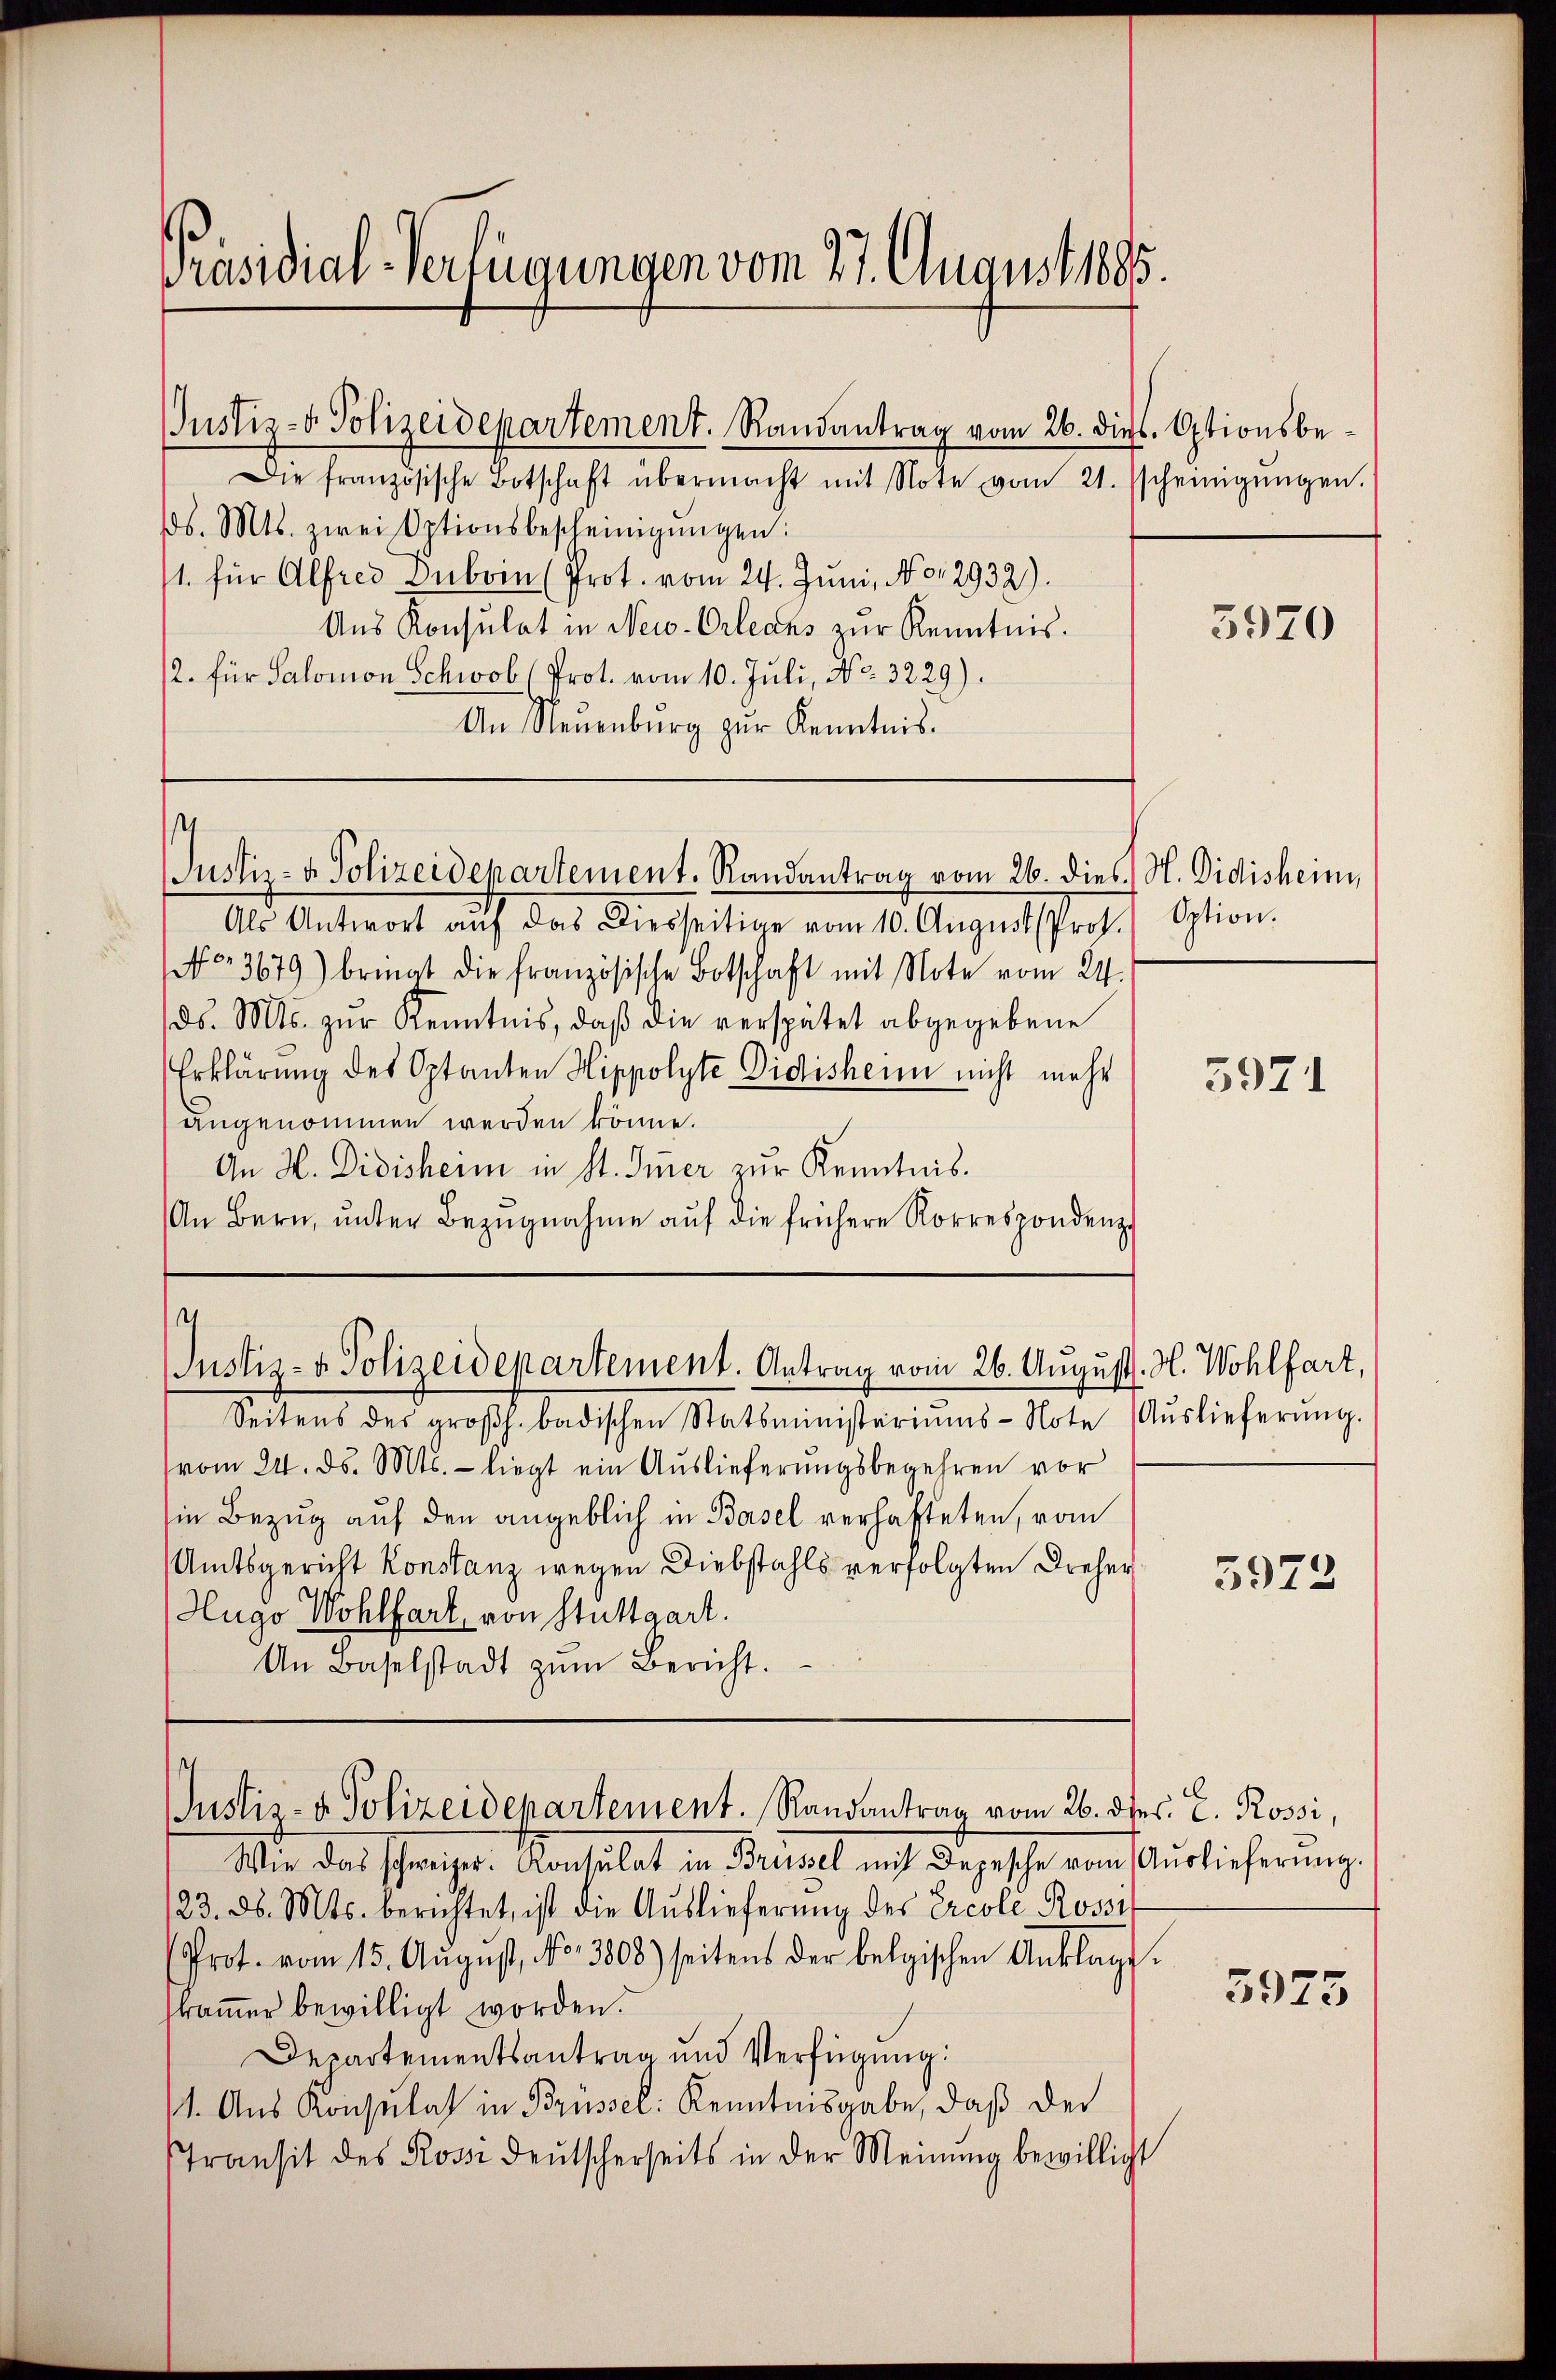
Präsidial-Verfügungen vom 27. August 1885.

Die französische Botschaft übermacht mit Note vom 21. scheinigŭngen.
d. Mts. zwei Optionsbescheinigŭngen:
1. für Alfred Duboin (Prot. vom 24. Juni, No. 2932).
Ans Konsulat in New-Orleans zŭr Kenntnis.
/2. für Salomon Schwab (Prot. vom 10. Juli, No. 3229).
An Neuenburg zŭr Kenntnis.

Justiz- & Polizeidepartement. Randantrag vom 26. dies. Optionsbe¬

s
JJustiz- & Polizeidepartement. Randantrag vom 26. dies N. Didisheim,

se
Justiz- & Polizeidepartement. Antrag vom 26. August. H. Wohlfart,

Als Antwort aŭf das Diesseitige vom 10. August (Prof. Option.
No. 3679) bringt die französische Botschaft mit Note vom 24.
ds. Mts. zŭr Kenntnis, daβ die verspätet abgegebene
Erklärung des Optanten Hippolyte Didisheim nicht mehr
angenommen werden könne.
An H. Didisheim in St. Immer zur Kenntnis.
An Bern, ŭnter Bezŭgnahme aŭf die frühere Korrespondenz

Seitens des groβh. badischen Statsministariŭms-Note Aŭslieferŭng.
vom 24. ds. Mts. - liegt ein Auslieferungsbegehren vor
sie Bezug auf den angeblich in Basel verhafteten, vom
Amtsgericht Konstanz wegen Diebstahls verfolgten Dreher
Hugo Wohlfart von Stuttgart.
An Baselstadt zŭm Bericht.

Justiz- & Polizeidepartement. Randantrag vom 26. dher. E. Rossi,

Wie das schweizer. Konsulat in Brüssel mit Depesche vom Auslieferung.
123. d. Mts. berichtet, ist die Auslieferung des Ercole Rossif
(Prot. vom 15. August, No. 3808) seitens der belgischen Anklagt.
kamer bewilligt worden.
Departementsantrag und Verfügung:
11. Aus Konsulat in Brüssel: Kenntnisgabe, daß der
Transit des Rossi deŭtscherseits in der Meinung bewilligt

3970

5971

3972

5975